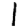
Digit: 1